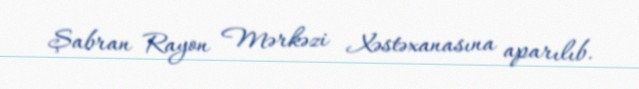
Şabran Rayon Mərkəzi Xəstəxanasına aparılıb.